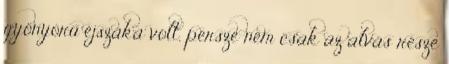
gyönyörű éjszaka volt, persze nem csak az alvás része